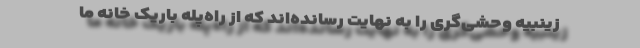
زینبیه وحشی‌گری را به نهایت رسانده‌اند که از راه‌پله باریک خانه ما